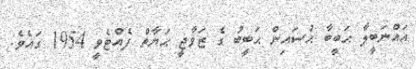
އައްނަބީލާ ޙަބީބާ ޙުސައިން ޙަބީބު ގެ ޒަވާޖީ ޙަޔާތް ފެއްޓެވީ 1954 ގައެވެ.